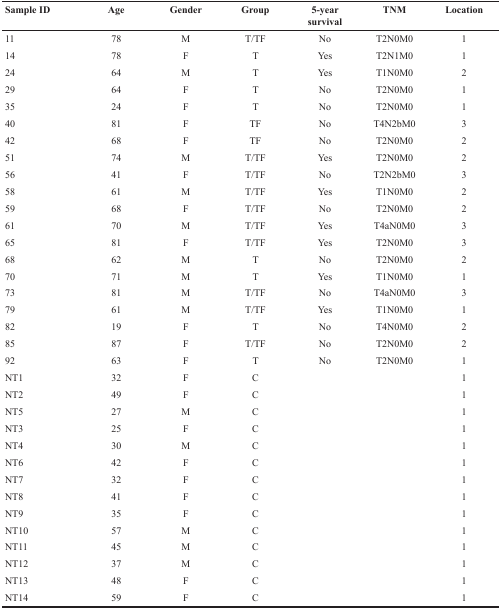
<table><thead><tr><td><b>Sample ID</b></td><td><b>Age</b></td><td><b>Gender</b></td><td><b>Group</b></td><td><b>5-year survival</b></td><td><b>TNM</b></td><td><b>Location</b></td></tr></thead><tbody><tr><td>11</td><td>78</td><td>M</td><td>T/TF</td><td>No</td><td>T2N0M0</td><td>1</td></tr><tr><td>14</td><td>78</td><td>F</td><td>T</td><td>Yes</td><td>T2N1M0</td><td>1</td></tr><tr><td>24</td><td>64</td><td>M</td><td>T</td><td>Yes</td><td>T1N0M0</td><td>2</td></tr><tr><td>29</td><td>64</td><td>F</td><td>T</td><td>No</td><td>T2N0M0</td><td>1</td></tr><tr><td>35</td><td>24</td><td>F</td><td>T</td><td>No</td><td>T2N0M0</td><td>1</td></tr><tr><td>40</td><td>81</td><td>F</td><td>TF</td><td>No</td><td>T4N2bM0</td><td>3</td></tr><tr><td>42</td><td>68</td><td>F</td><td>TF</td><td>No</td><td>T2N0M0</td><td>2</td></tr><tr><td>51</td><td>74</td><td>M</td><td>T/TF</td><td>Yes</td><td>T2N0M0</td><td>2</td></tr><tr><td>56</td><td>41</td><td>F</td><td>T/TF</td><td>No</td><td>T2N2bM0</td><td>3</td></tr><tr><td>58</td><td>61</td><td>M</td><td>T/TF</td><td>Yes</td><td>T1N0M0</td><td>2</td></tr><tr><td>59</td><td>68</td><td>F</td><td>T/TF</td><td>No</td><td>T2N0M0</td><td>2</td></tr><tr><td>61</td><td>70</td><td>M</td><td>T/TF</td><td>Yes</td><td>T4aN0M0</td><td>3</td></tr><tr><td>65</td><td>81</td><td>F</td><td>T/TF</td><td>Yes</td><td>T2N0M0</td><td>3</td></tr><tr><td>68</td><td>62</td><td>M</td><td>T</td><td>No</td><td>T2N0M0</td><td>2</td></tr><tr><td>70</td><td>71</td><td>M</td><td>T</td><td>Yes</td><td>T1N0M0</td><td>1</td></tr><tr><td>73</td><td>81</td><td>M</td><td>T/TF</td><td>No</td><td>T4aN0M0</td><td>3</td></tr><tr><td>79</td><td>61</td><td>M</td><td>T/TF</td><td>Yes</td><td>T1N0M0</td><td>1</td></tr><tr><td>82</td><td>19</td><td>F</td><td>T</td><td>No</td><td>T4N0M0</td><td>2</td></tr><tr><td>85</td><td>87</td><td>F</td><td>T/TF</td><td>No</td><td>T2N0M0</td><td>2</td></tr><tr><td>92</td><td>63</td><td>F</td><td>T</td><td>No</td><td>T2N0M0</td><td>1</td></tr><tr><td>NT1</td><td>32</td><td>F</td><td>C</td><td></td><td></td><td>1</td></tr><tr><td>NT2</td><td>49</td><td>F</td><td>C</td><td></td><td></td><td>1</td></tr><tr><td>NT5</td><td>27</td><td>M</td><td>C</td><td></td><td></td><td>1</td></tr><tr><td>NT3</td><td>25</td><td>F</td><td>C</td><td></td><td></td><td>1</td></tr><tr><td>NT4</td><td>30</td><td>M</td><td>C</td><td></td><td></td><td>1</td></tr><tr><td>NT6</td><td>42</td><td>F</td><td>C</td><td></td><td></td><td>1</td></tr><tr><td>NT7</td><td>32</td><td>F</td><td>C</td><td></td><td></td><td>1</td></tr><tr><td>NT8</td><td>41</td><td>F</td><td>C</td><td></td><td></td><td>1</td></tr><tr><td>NT9</td><td>35</td><td>F</td><td>C</td><td></td><td></td><td>1</td></tr><tr><td>NT10</td><td>57</td><td>M</td><td>C</td><td></td><td></td><td>1</td></tr><tr><td>NT11</td><td>45</td><td>M</td><td>C</td><td></td><td></td><td>1</td></tr><tr><td>NT12</td><td>37</td><td>M</td><td>C</td><td></td><td></td><td>1</td></tr><tr><td>NT13</td><td>48</td><td>F</td><td>C</td><td></td><td></td><td>1</td></tr><tr><td>NT14</td><td>59</td><td>F</td><td>C</td><td></td><td></td><td>1</td></tr></tbody></table>